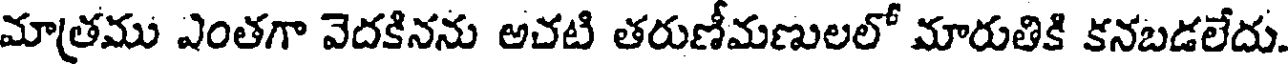
మాత్రము ఎంతగా వెదకినను అచటి తరుణీమణులలో మారుతికి కనబడలేదు.